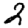
Digit: 2